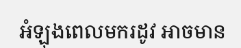
អំឡុងពេលមករដូវ អាចមាន